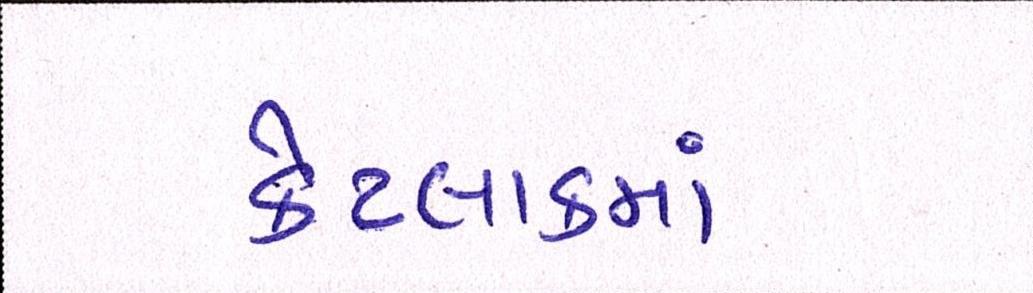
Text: કેટલાકમાં